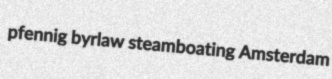
pfennig byrlaw steamboating Amsterdam